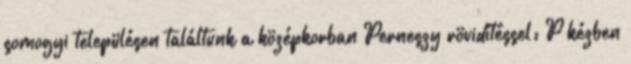
somogyi településen találtunk a középkorban Perneszy rövidítéssel: P kézben